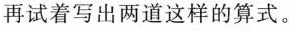
再试着写出两道这样的算式。